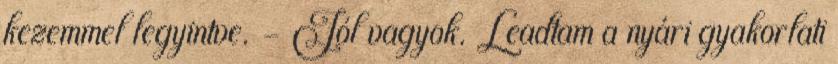
kezemmel legyintve. - Jól vagyok. Leadtam a nyári gyakorlati